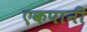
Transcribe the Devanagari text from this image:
एकपानी